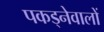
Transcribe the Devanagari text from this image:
पकड्नेवालों